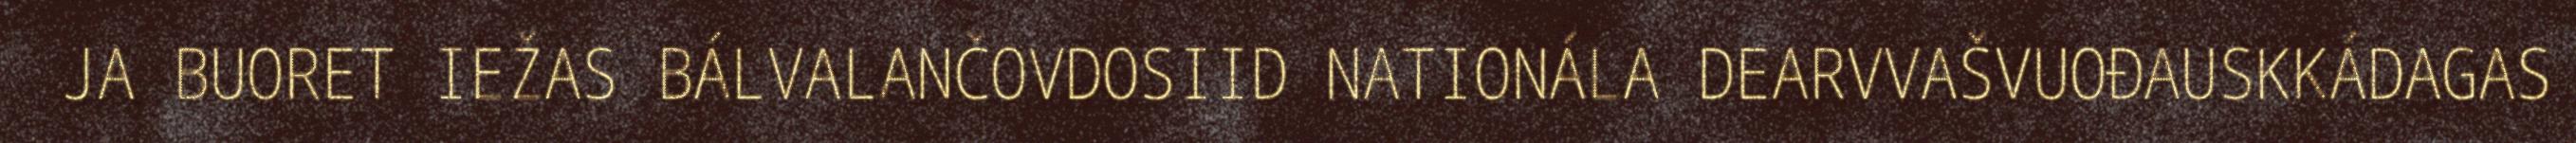
JA BUORET IEŽAS BÁLVALANČOVDOSIID NATIONÁLA DEARVVAŠVUOĐAUSKKÁDAGAS